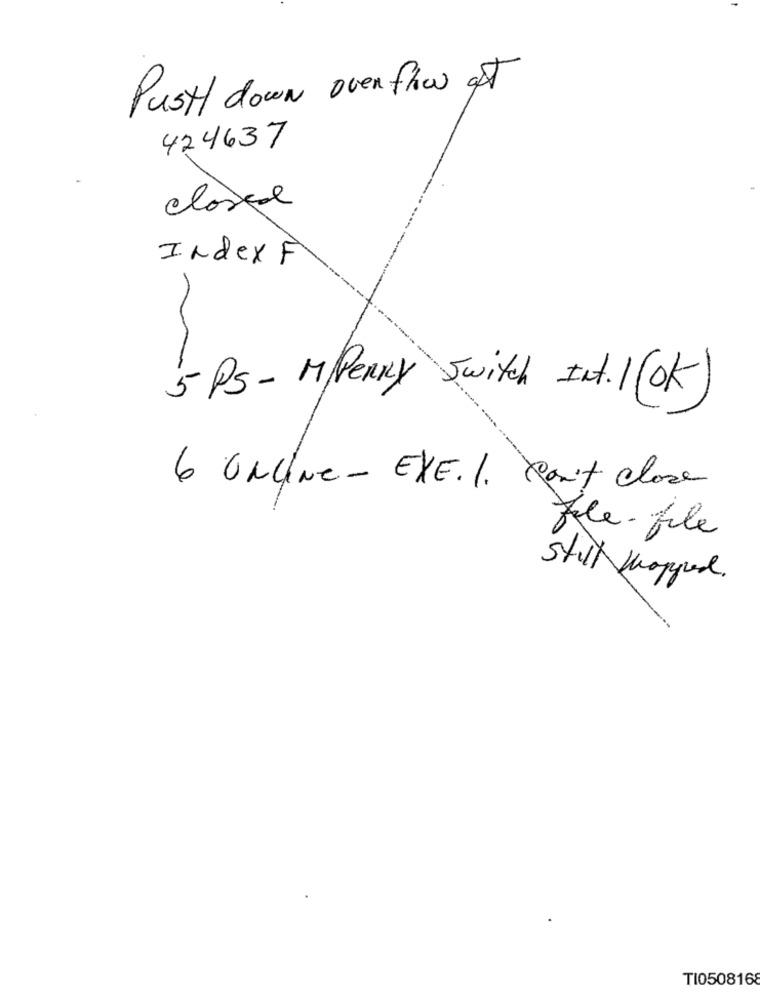
Pusty down over flow at
424637
closed
IndexF
5 Ps- M/Penny Switch Int.1 (OK)
6 ONLINE- EXE. 1. Don't close
file-file
still shopped.
TI0508168